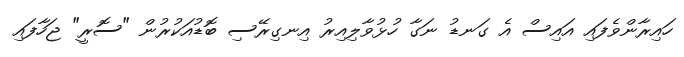
ހައިރާންވެފައި އައިސް އެ ގަނޑު ނަގާ ހުޅުވާލިއިރު އިނގިރޭސި ބޮޑުއަކުރުން "ސޮރީ" ޖަހާފައި